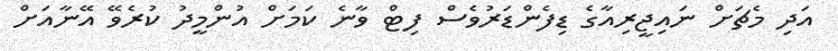
އަދި މެޗަށް ނައިޖީރިއާގެ ޑިފެންޑަރުވެސް ފިޓް ވާނެ ކަމަށް އުންމީދު ކުރެވޭ އޭނާއަށް